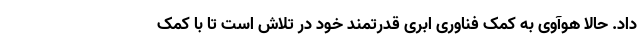
داد. حالا هوآوی به کمک فناوری ابری قدرتمند خود در تلاش است تا با کمک